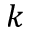
k